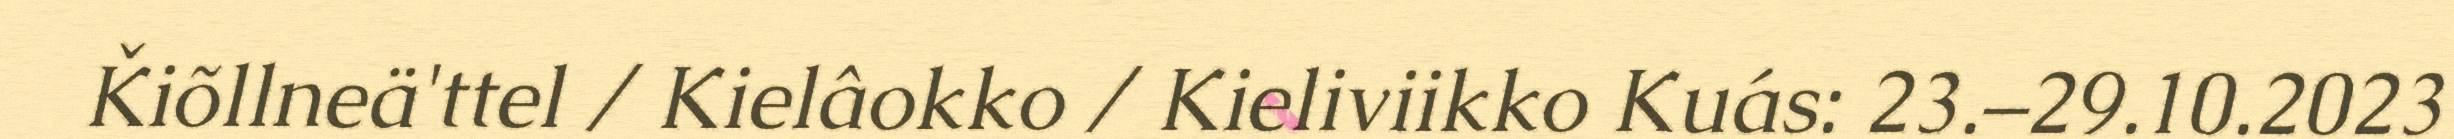
Ǩiõllneä'ttel / Kielâokko / Kieliviikko Kuás: 23.–29.10.2023